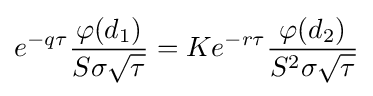
e^{-q\tau }{\frac {\varphi (d_{1})}{S\sigma {\sqrt {\tau }}}}=Ke^{-r\tau }{\frac {\varphi (d_{2})}{S^{2}\sigma {\sqrt {\tau }}}}